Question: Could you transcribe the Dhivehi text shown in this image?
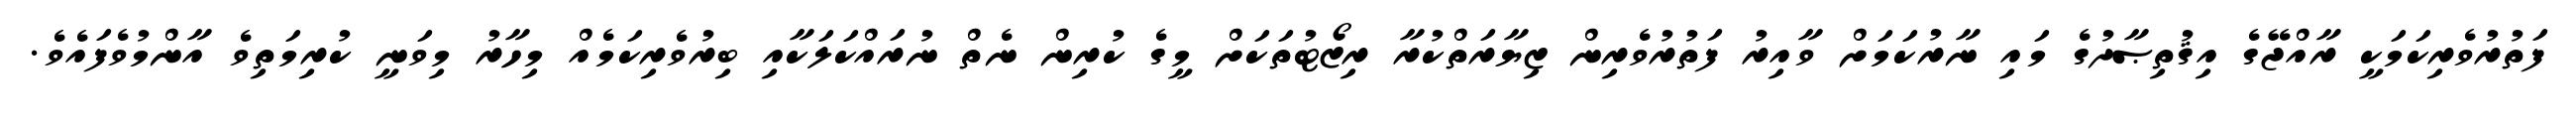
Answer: ފަތުރުވެރިކަމަކީ ރާއްޖޭގެ އިޤުތިޞާދުގެ މައި ނާރުކަމަށް ވާއިރު ފަތުރުވެރިން ޒިޔާރަތްކުރާ ރިޒޯޓުތަކަށް މީގެ ކުރިން ނެތް ނުރައްކަލަކާއި ބިރުވެރިކަމެއް މިހާރު މިވަނީ ކުރިމަތިވެ އާންމުވެފައެވެ.